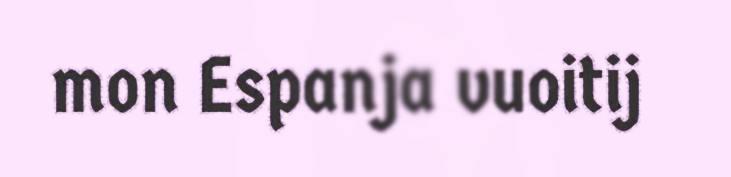
mon Espanja vuoitij